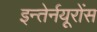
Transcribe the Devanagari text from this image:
इन्तेर्नयूरोंस